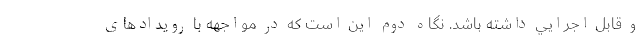
و قابل اجرايي داشته باشد. نگاه دوم اين است كه در مواجهه با رویدادهای